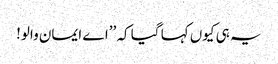
یہ ہی کیوں کہا گیا کہ ’’اے ایمان والو!